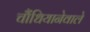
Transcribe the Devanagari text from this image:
चौंधियानेवाले